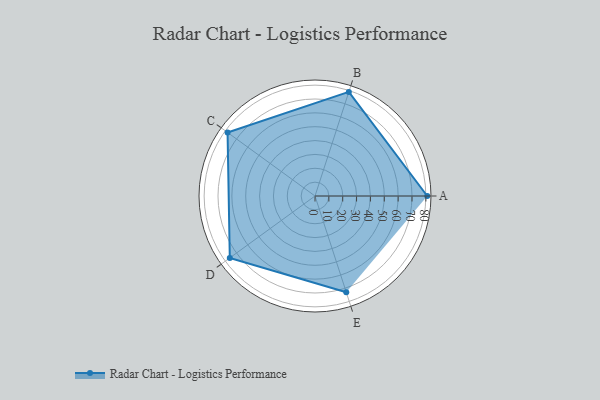
{"axis": {"x": "Skill", "y": "Score"}, "legend": ["Profile"], "data": [{"x": "A", "y": 81.0, "type": "Profile"}, {"x": "B", "y": 79.0, "type": "Profile"}, {"x": "C", "y": 78.0, "type": "Profile"}, {"x": "D", "y": 76.0, "type": "Profile"}, {"x": "E", "y": 73.0, "type": "Profile"}]}